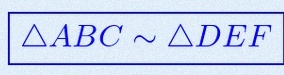
\triangle ABC\sim\triangle DEF